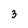
Character: 3